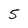
Character: 5